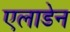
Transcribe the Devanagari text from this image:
एलाडेन